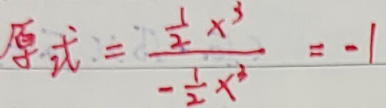
原式=\(\frac{\frac{1}{2}x^{3}}{-\frac{1}{2}x^{2}}\)=-1